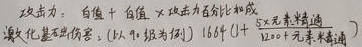
攻击：白值 + 白值×攻击百分比加成
激化基础伤害：以\(90\)级为例 \(1661\left(1 + \frac{5×元素精通}{1200 + 元素精通}\right)\)